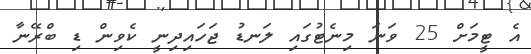
އެ ޓީމަށް 25 ވަނަ މިނެޓުގައި ލަނޑު ޖަހައިދިނީ ކެވިން ޑި ބްރޭނާ